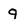
Character: 9